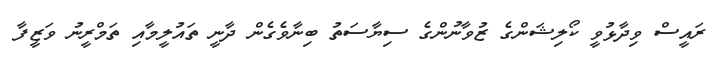
ރައީސް ވިދާޅުވީ ކޯލިޝަންގެ ޒުވާނުންގެ ސިޔާސަތު ބިނާވެގެން ދާނީ ތައުލީމާއި ތަމްރީނު ވަޒީފާ